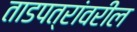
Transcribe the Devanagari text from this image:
ताडपत्रांवरील